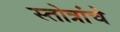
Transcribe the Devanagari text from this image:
स्तोत्रांचे